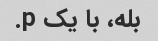
بله، با یک p.